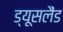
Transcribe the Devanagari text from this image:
ड्यूसलैंड